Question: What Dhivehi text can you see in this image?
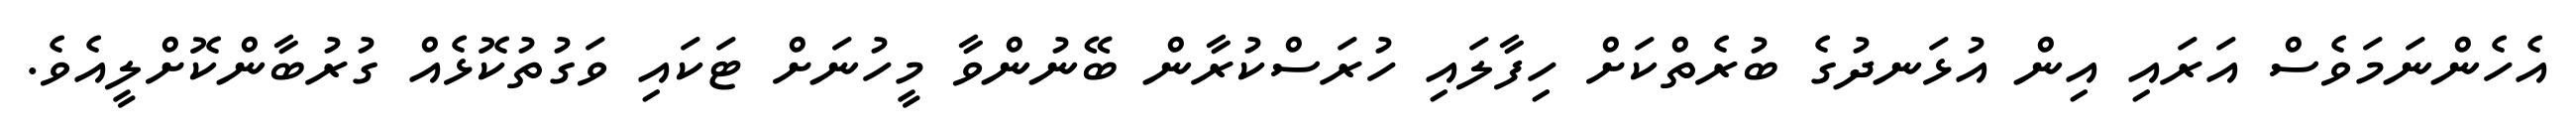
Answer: އެހެންނަމަވެސް އަރައި އިން އުޅަނދުގެ ބުރެތްކަށް ހިފާލައި ހުރަސްކުރާން ބޭނުންވާ މީހުނަށް ޓަކައި ވަގުތުކޮޅެއް ގުރުބާންކޮށްލީއެވެ.